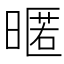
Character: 暱